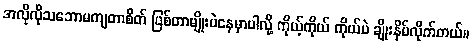
အလိုလိုသဘောမကျတာစိတ် ဖြစ်တာမျိုးပဲနေမှာပါလို့ ကိုယ့်ကိုယ် ကိုယ်ပဲ ချိုးနှိမ်လိုက်တယ်။